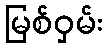
မြစ်ဝှမ်း